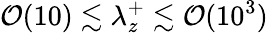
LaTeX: \mathcal{O}(10)\lesssim\lambda_{z}^{+}\lesssim\mathcal{O}(10^{3})